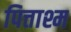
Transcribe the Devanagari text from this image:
पित्ताश्म